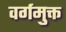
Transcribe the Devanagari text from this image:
वर्गमुक्त